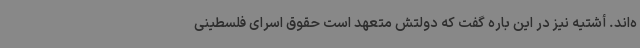
ه‌اند. أشتیه نیز در این باره گفت که دولتش متعهد است حقوق اسرای فلسطینی